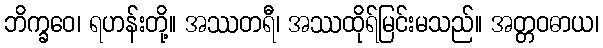
ဘိက္ခဝေ၊ ရဟန်းတို့။ အဿတရီ၊ အဿထိုရ်မြင်းမသည်။ အတ္တဝဓာယ၊